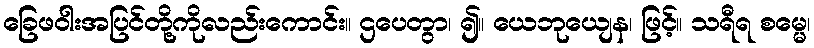
ခြေဖဝါးအပြင်တို့ကိုလည်းကောင်း။ ဌပေတွာ၊ ၍။ ယေဘုယျေန၊ ဖြင့်။ သရီရ စမ္မေ၊